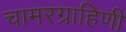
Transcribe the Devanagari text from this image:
चामरग्राहिणी